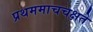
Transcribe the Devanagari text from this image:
प्रथममाचचक्षते